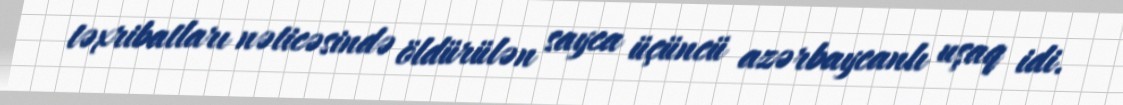
təxribatları nəticəsində öldürülən sayca üçüncü azərbaycanlı uşaq idi.